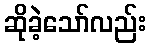
ဆိုခဲ့သော်လည်း